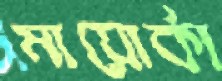
মায়োর্কা